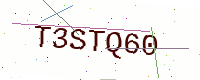
Text: T3STQ60